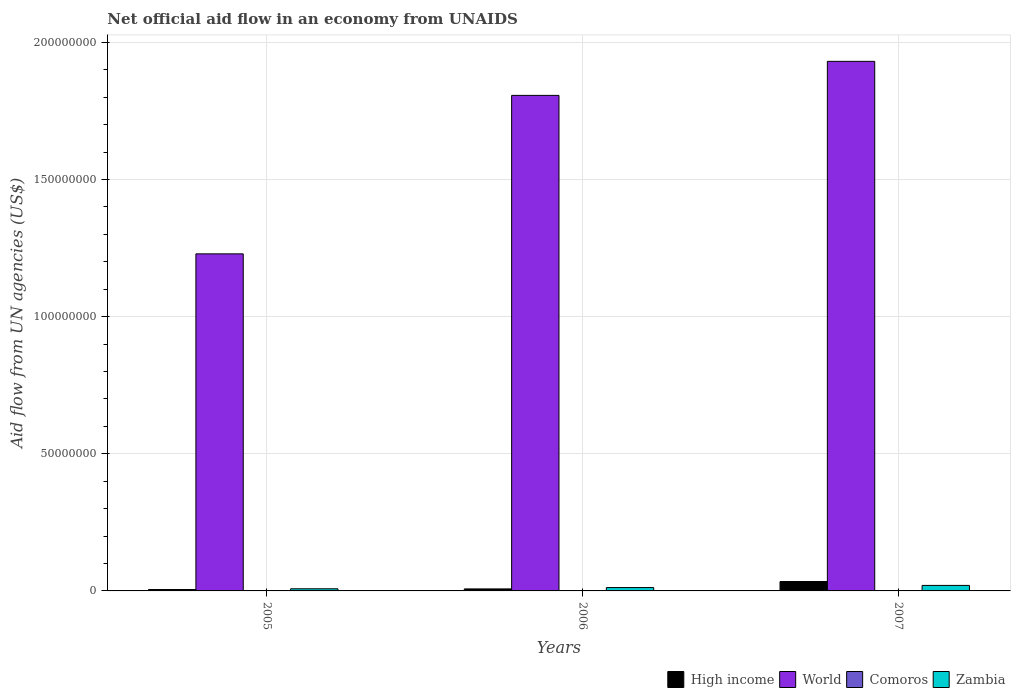
| Years | High income | World | Comoros | Zambia |
 | --- | --- | --- | --- | --- |
 | 2005 | 5.1e+05 | 1.23e+08 | 5e+04 | 7.8e+05 |
 | 2006 | 7.3e+05 | 1.81e+08 | 2e+04 | 1.23e+06 |
 | 2007 | 3.43e+06 | 1.93e+08 | 1.4e+05 | 2.01e+06 |